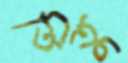
তিতু